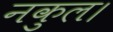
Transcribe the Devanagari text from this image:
नकुल।